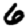
Digit: 6